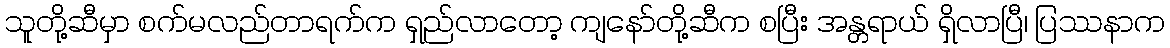
သူတို့ဆီမှာ စက်မလည်တာရက်က ရှည်လာတော့ ကျနော်တို့ဆီက စပြီး အန္တရာယ် ရှိလာပြီ၊ ပြဿနာက